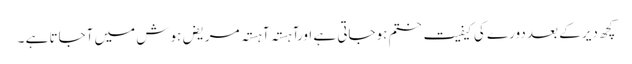
کچھ دیر کے بعد دورے کی کیفیت ختم ہوجاتی ہے اورآہستہ آہستہ مریض ہوش میں آجاتا ہے ۔